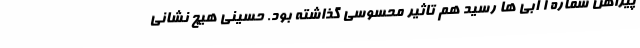
پیراهن شماره 1 آبی ها رسید هم تاثیر محسوسی گذاشته بود. حسینی هیچ نشانی